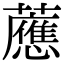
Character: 𧃽